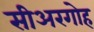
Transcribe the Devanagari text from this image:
सीअरगोह